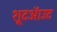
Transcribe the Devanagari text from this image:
शूटऑउट